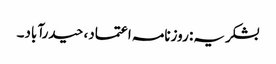
بشکریہ: روزنامہ اعتماد، حیدرآباد۔